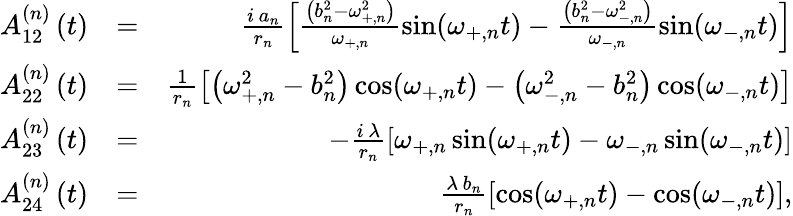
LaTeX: \begin{array}{rlr}{A_{12}^{\left(n\right)}\left(t\right)}&{=}&{\frac{i\, a_{n}}{r_{n}}\left[\frac{\left(b_{n}^{2}-\omega_{+,n}^{2}\right)}{\omega_{+,n}}\sin(\omega_{+,n}t)-\frac{\left(b_{n}^{2}-\omega_{-,n}^{2}\right)}{\omega_{-,n}}\sin(\omega_{-,n}t)\right]}\\ {A_{22}^{\left(n\right)}\left(t\right)}&{=}&{\frac{1}{r_{n}}\left[\left(\omega_{+,n}^{2}-b_{n}^{2}\right)\cos(\omega_{+,n}t)-\left(\omega_{-,n}^{2}-b_{n}^{2}\right)\cos(\omega_{-,n}t)\right]}\\ {A_{23}^{\left(n\right)}\left(t\right)}&{=}&{-\frac{i\, \lambda}{r_{n}}\left[\omega_{+,n}\sin(\omega_{+,n}t)-\omega_{-,n}\sin(\omega_{-,n}t)\right]}\\ {A_{24}^{\left(n\right)}\left(t\right)}&{=}&{\frac{\lambda\, b_{n}}{r_{n}}\left[\cos(\omega_{+,n}t)-\cos(\omega_{-,n}t)\right],}\end{array}